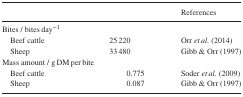
<table><thead><tr><td colspan="2"></td><td><b>References</b></td></tr></thead><tbody><tr><td colspan="3">Bites / bites day<sup>−1</sup></td></tr><tr><td>Beef cattle</td><td>25 220</td><td>Orr <i>et al.</i> (2014)</td></tr><tr><td>Sheep</td><td>33 480</td><td>Gibb &amp; Orr (1997)</td></tr><tr><td colspan="3">Mass amount / g DM per bite</td></tr><tr><td>Beef cattle</td><td>0.775</td><td>Soder <i>et al.</i> (2009)</td></tr><tr><td>Sheep</td><td>0.087</td><td>Gibb &amp; Orr (1997)</td></tr></tbody></table>